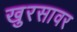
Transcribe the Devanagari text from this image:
खुरसावर